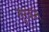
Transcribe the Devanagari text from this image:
तुरकन